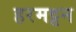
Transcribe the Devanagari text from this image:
हरमट्टन